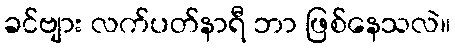
ခင်ဗျား လက်ပတ်နာရီ ဘာ ဖြစ်နေသလဲ။